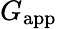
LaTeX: G_{\mathrm{app}}